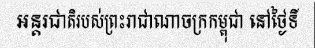
អន្តរជាតិរបស់ព្រះរាជាណាចក្រកម្ពុជា នៅថ្ងៃទី